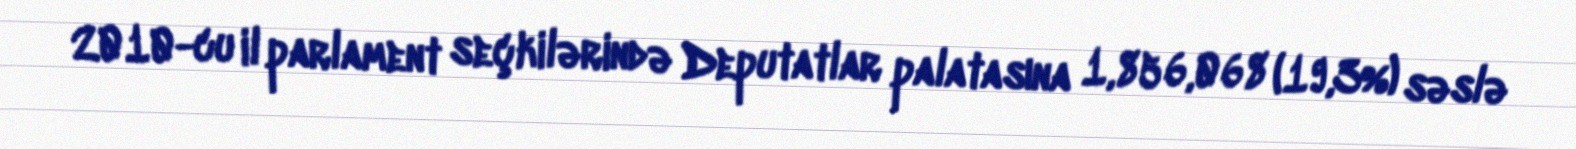
2010-cu il parlament seçkilərində Deputatlar palatasına 1,856,068 (19,3%) səslə